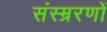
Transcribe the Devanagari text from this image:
संस्म्ररणों